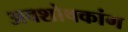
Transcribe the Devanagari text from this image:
अवशोषकांग